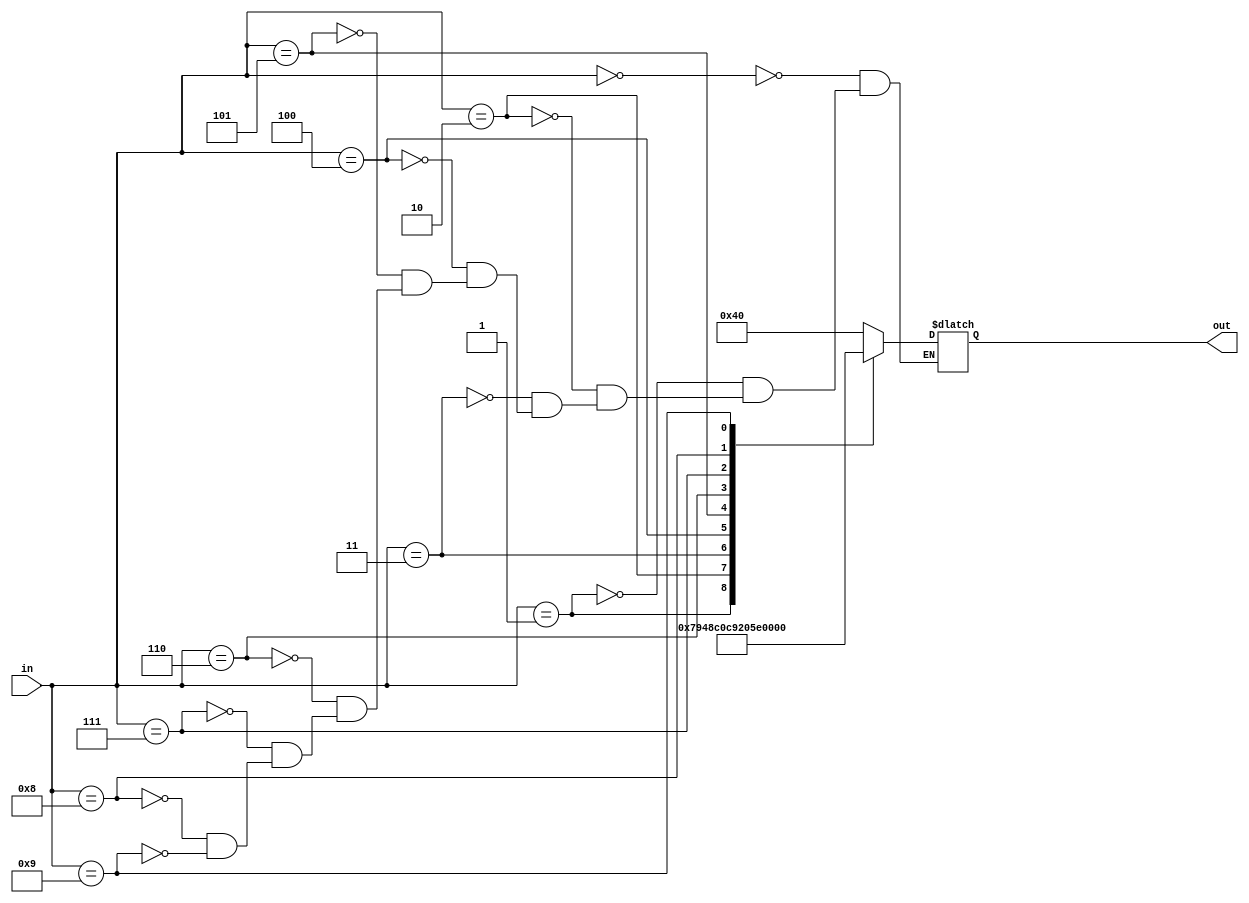
//------------------------------
// Module name: hex_to_7seg
// Function: convert 4-bit hex value to drive 7 segment display
//           output is low active - using case statement
// Creator:  Peter Cheung
// Version:  1.1
//------------------------------

module hex_to_7seg	(out,in);

	output	[6:0]	out;    // low-active output to drive 7 segment display
	input	[3:0]	in;		// 4-bit binary input of a hexademical number
	
	reg		[6:0]	out;	// make out a variable for use in procedural assignment
	
	always @ *
	  case (in)
		4'h0: out = 7'b1000000;
		4'h1: out = 7'b1111001;		// -- 0 ---
		4'h2: out = 7'b0100100; 	// |	  |
		4'h3: out = 7'b0110000; 	// 5      1
		4'h4: out = 7'b0011001; 	// |	  |
		4'h5: out = 7'b0010010; 	// -- 6 ---
		4'h6: out = 7'b0000010; 	// |	  |
		4'h7: out = 7'b1111000; 	// 4      2
		4'h8: out = 7'b0000000; 	// |	  |
		4'h9: out = 7'b0011000; 	// -- 3 ---

	  endcase
endmodule